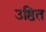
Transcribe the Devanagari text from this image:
उष्ठित